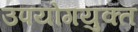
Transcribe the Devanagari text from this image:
उपयोगयुक्त